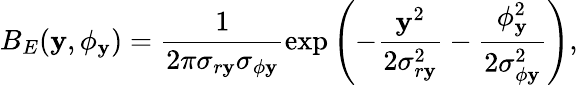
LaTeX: B_{E}(\mathbf{y},\phi_{\mathbf{y}})=\frac{{1}}{{2\pi\sigma_{r\mathbf{y}}\sigma_{\phi\mathbf{y}}}}\exp\left(-\frac{{\mathbf{y}^{2}}}{{2\sigma_{r\mathbf{y}}^{2}}}-\frac{{\phi_{\mathbf{y}}^{2}}}{{2\sigma_{\phi\mathbf{y}}^{2}}}\right),